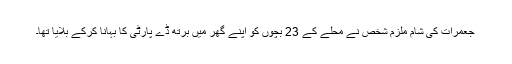
جعمرات کی شام ملزم شخص نے محلے کے 23 بچوں کو اپنے گھر میں برتھ ڈے پارٹی کا بہانا کرکے بلایا تھا۔